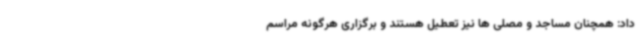
داد: همچنان مساجد و مصلی ها نیز تعطیل هستند و برگزاری هرگونه مراسم